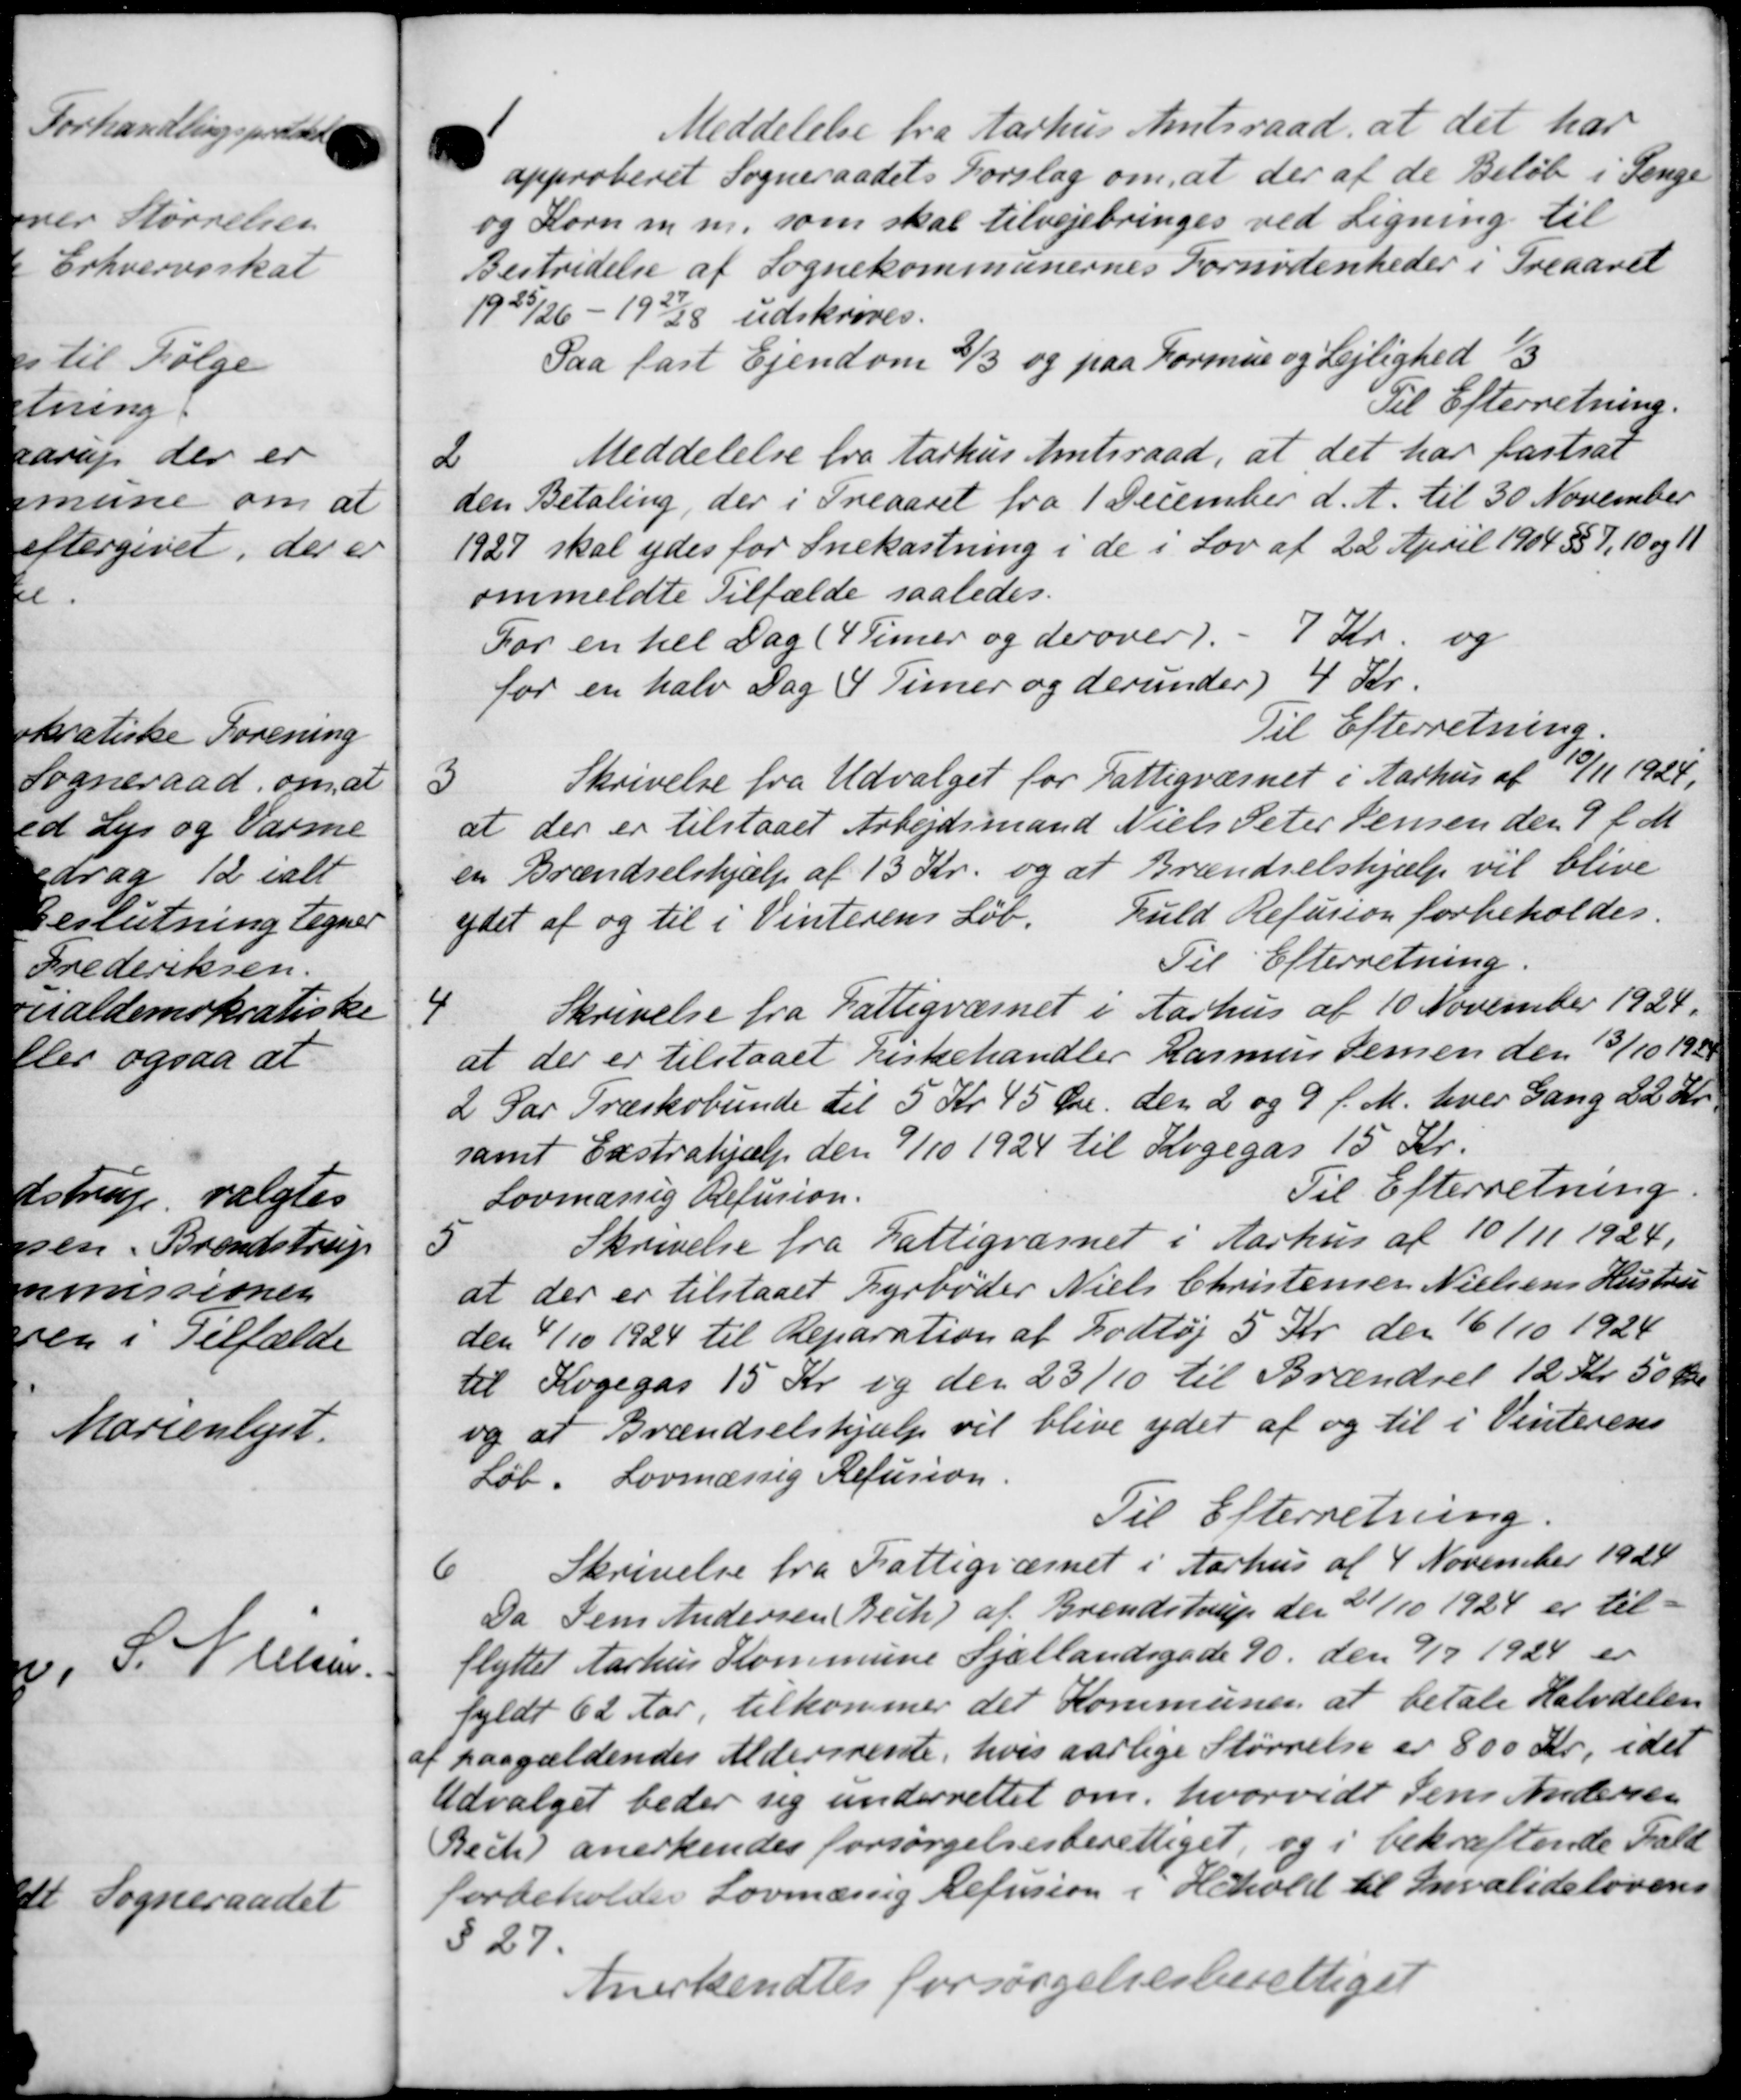
Transskription:
1

Meddelelse fra Aarhus Amtsraad, at det har
approberet Sogneraadets Forslag om, at der af de Beløb i Penge
og Korn m.m. som skal tilvejebringes ved Ligning til
Bestridelse af Sognekommunernes Fornødenheder i Treaaret
1925/26 - 19228 udskrives.
Paa fast Ejendom 3/3 og paa Formue og Lejlighed 1/3
Til Efterretning.
2
Meddelelse fra Aarhus Amtsraad, at det har fastsat
den Betaling, der i Treaaret fra 1 December d. A. til 30 November
1927 skal ydes for Snekastning i de i Lov af 22 April 1904 §§ 7, 10 og 11
ommeldte Tilfælde saaledes.
For en hel Dag (4 Timer og derover 1.  7 Kr. og
for en halv Dag 4 Timer og derunder) 4 Kr.
Til Efterretning.
3
Skrivelse fra Udvalget for Fattigvæsnet i Aarhus af 10/11 1924.
at der er tilstaaet Arbejdsmand Niels Peter Jensen den 9 f. M.
en Brændselshjælp af 13 Kr. og at Brændselshjælp vil blive
ydet af og til i Vinterens Løb.
fuld Refusion forbeholdes.
Til Efterretning.
4
Skrivelse fra Fattigvæsnet i Aarhus af 10 November 1924.
at der er tilstaaet Kirkehandler Rasmus Jensen den 13/10 192
2 Par Træskobunde til 5 Kr 45 Øre den 2 og 9 f. M. hver Gang 22 Kr.
samt Exstrahjælp den 9/10 1924 til Kogegas 15 Kr.
Til Efterretning
Lovmæssig Refusion.
Skrivelse fra Fattigvæsnet i Aarhus af 10/11 1924.
5
at der er tilstaaet Fyrbøder Niels Christensen Nielsens Hustru
den 4/10 1924 til Reparation af Fodtøj 5 Kr. der 16/10 1924
til Kogegas 15 Kr og den 23/10 til Brændsel 12 Kr. 50 Øre
og at Brændselshjælp vil blive ydet af og til i Vinterens
Løb. Lovmæssig Refusion.
Til Efterretning
6
Skrivelse fra Fattigvæsnet i Aarhus af 4 November 1928
Da Jens Andersen Bech) af Brendstrup den 21/10 1924 er til
flyttet Aarhus Kommune Sjællandsgade 90 den 7/9 1924 er
fyldt 62 Aar, tilkommer det kommunen at betale Halvdelen
af paagældendes Aldersrente, hvis aarlige Størrelse er 800 Kr., idet
Udvalget beder sig underrettet om, hvorvidt Jens Andersen
Becke) anerkendes forsørgelsesberettiget, og i bekræftende Fald
forbeholder Lovmæssig Refusion i Hehold til Invalidelovens
527.
Anerkendtes forsørgelsesberettiget